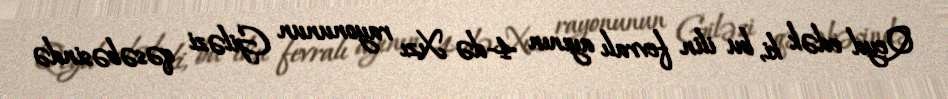
Qeyd edək ki, bu ilin fevralı ayının 4-də Xızı rayonunun Giləzi qəsəbəsində